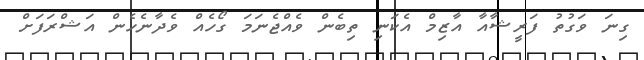
ގިނަ ވަގުތު ފަރީޝާއާ އާޒިމް އެކަނި ތިބެން ވެއްޖެނަމަ ގޯހެއް ވެދާނެހެން އަޝްރަފަށް